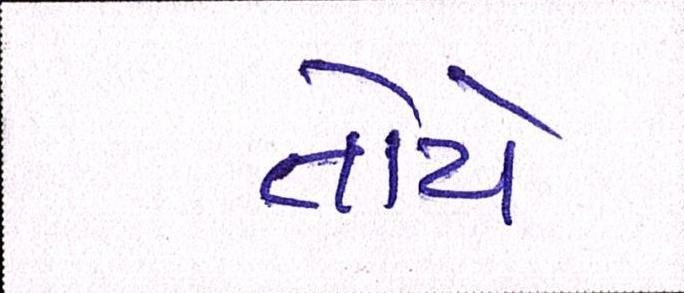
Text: તોયે